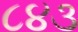
૮૪૩